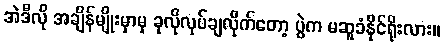
အဲဒီလို အချိန်မျိုးမှာမှ ခုလိုလုပ်ချလိုက်တော့ ပွဲက မဆူခံနိုင်ရိုးလား။